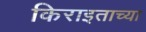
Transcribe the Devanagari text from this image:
किराइताच्या